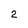
Character: 2